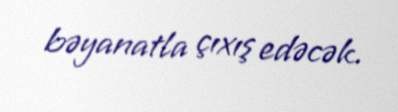
bəyanatla çıxış edəcək.